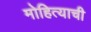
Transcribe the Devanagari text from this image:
मोहित्याची